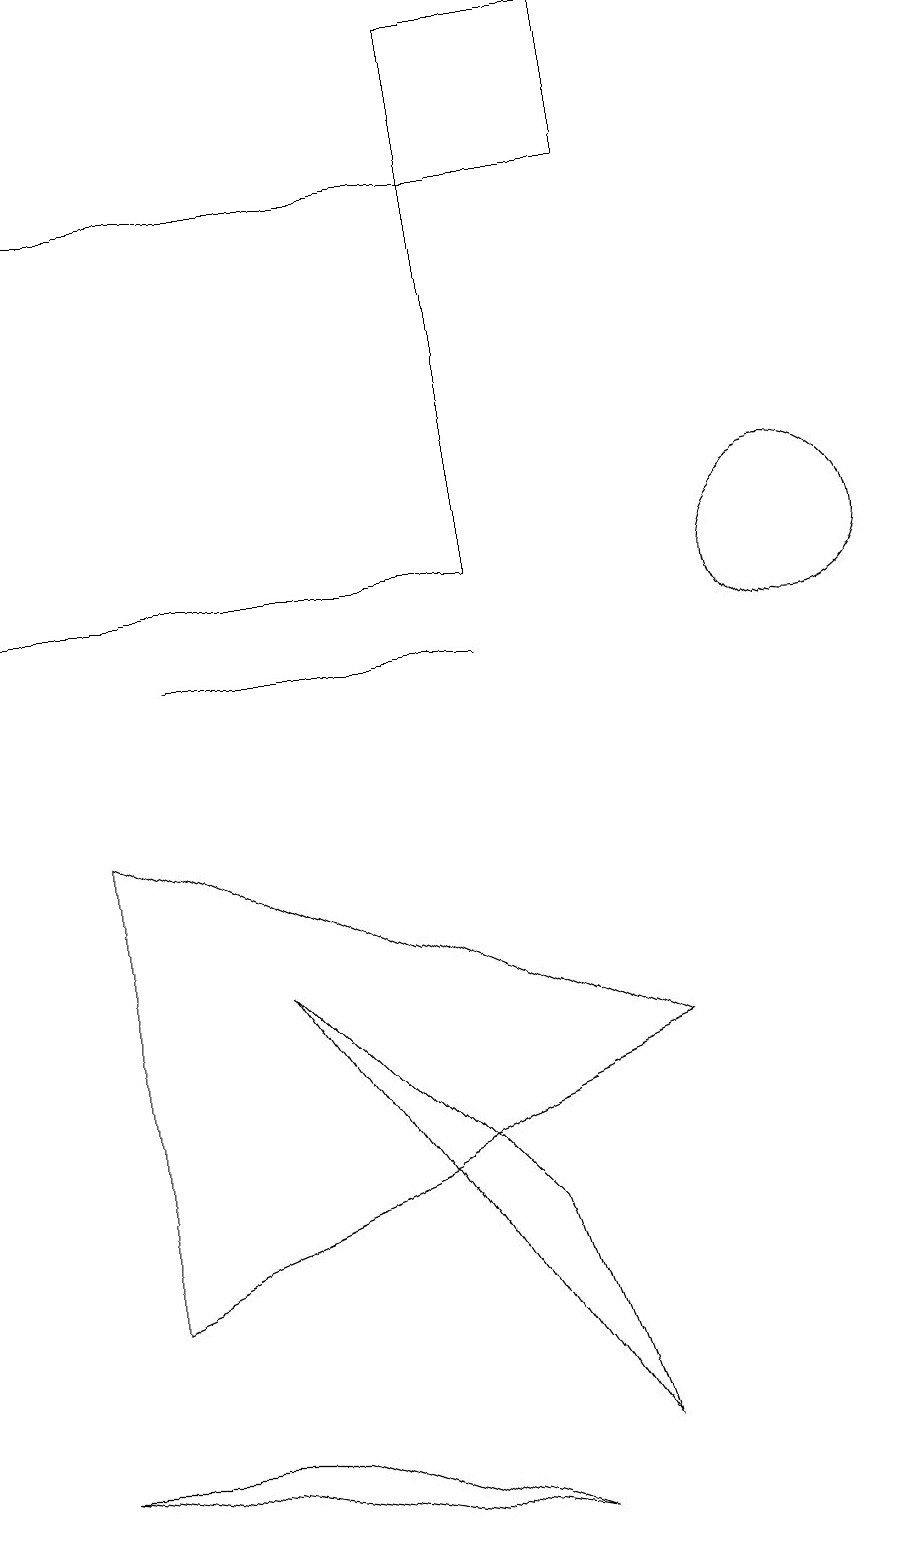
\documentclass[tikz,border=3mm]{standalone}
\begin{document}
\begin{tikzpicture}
\draw (9,17) rectangle (7,19);
\draw (7,11) rectangle (3,11);
\draw (11,12) circle (1);
\draw (4,1) -- (7,0) -- (1,1) -- cycle;
\draw (1,12) rectangle (7,17);
\draw (9,6) -- (2,9) -- (2,3) -- cycle;
\draw (7,4) -- (4,7) -- (8,1) -- cycle;
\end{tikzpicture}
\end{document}